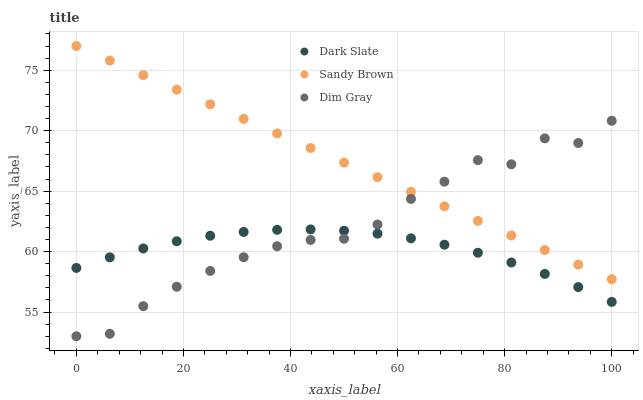
| xaxis_label | Dark Slate | Sandy Brown | Dim Gray |
 | --- | --- | --- | --- |
 | 0 | 58.6 | 77 | 53 |
 | 6.25 | 59.5 | 75.8 | 53.2 |
 | 12.5 | 60.3 | 74.6 | 55.5 |
 | 18.8 | 60.9 | 73.4 | 57.1 |
 | 25 | 61.3 | 72.2 | 58.4 |
 | 31.2 | 61.6 | 71 | 59.5 |
 | 37.5 | 61.8 | 69.8 | 60.4 |
 | 43.8 | 61.8 | 68.6 | 61 |
 | 50 | 61.7 | 67.4 | 61.1 |
 | 56.2 | 61.5 | 66.2 | 62.2 |
 | 62.5 | 61.1 | 64.9 | 64.4 |
 | 68.8 | 60.6 | 63.7 | 65.8 |
 | 75 | 59.9 | 62.5 | 67.6 |
 | 81.2 | 59.1 | 61.3 | 67.2 |
 | 87.5 | 58.2 | 60.1 | 69.4 |
 | 93.8 | 57.1 | 58.9 | 69 |
 | 100 | 55.8 | 57.7 | 70.8 |